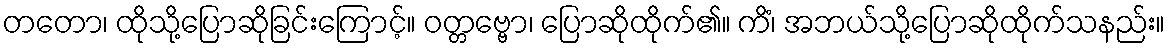
တတော၊ ထိုသို့ပြောဆိုခြင်းကြောင့်။ ဝတ္တဗ္ဗော၊ ပြောဆိုထိုက်၏။ ကိံ၊ အဘယ်သို့ပြောဆိုထိုက်သနည်း။